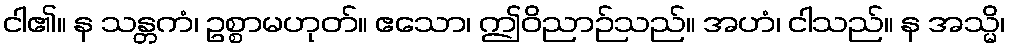
ငါ၏။ န သန္တကံ၊ ဥစ္စာမဟုတ်။ ဧသော၊ ဤဝိညာဉ်သည်။ အဟံ၊ ငါသည်။ န အသ္မိ၊